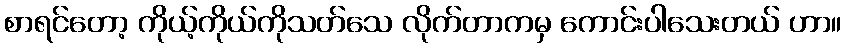
စာရင်တော့ ကိုယ့်ကိုယ်ကိုသတ်သေ လိုက်တာကမှ ကောင်းပါသေးတယ် ဟာ။